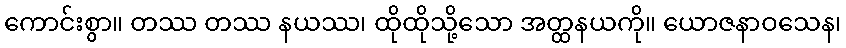
ကောင်းစွာ။ တဿ တဿ နယဿ၊ ထိုထိုသို့သော အတ္ထနယကို။ ယောဇနာဝသေန၊